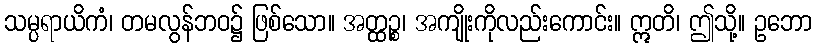
သမ္ပရာယိကံ၊ တမလွန်ဘဝ၌ ဖြစ်သော။ အတ္ထဉ္စ၊ အကျိုးကိုလည်းကောင်း။ ဣတိ၊ ဤသို့။ ဥဘော